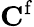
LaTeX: \mathbf{C}^{\mathrm{{f}}}